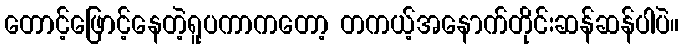
တောင့်ဖြောင့်နေတဲ့ရူပကာကတော့ တကယ့်အနောက်တိုင်းဆန်ဆန်ပါပဲ။